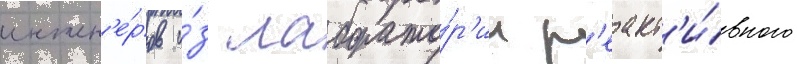
инжен'е́ров и́з лаборато́р'ии р'еакт'и́вного